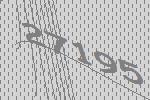
27195